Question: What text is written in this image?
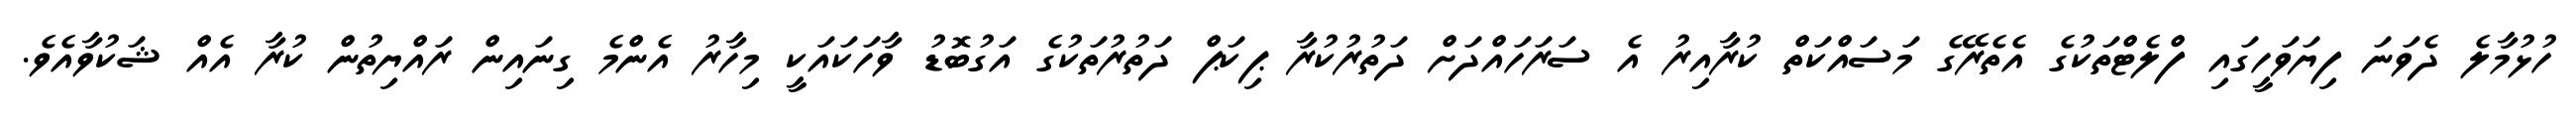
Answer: ހުޅުމާލެ ދެވަނަ ފިޔަވަހީގައި ފްލެޓްތަކުގެ އެތެރޭގެ މަސައްކަތް ކުރާއިރު އެ ސަރަހައްދަށް ދަތުރުކުރާ ޕިކަޕް ދަތުރުތަކުގެ އަގުބޮޑު ވާހަކައަކީ މިހާރު އެންމެ ގިނައިން ރައްޔިތުން ކުރާ އެއް ޝަކުވާއެވެ.